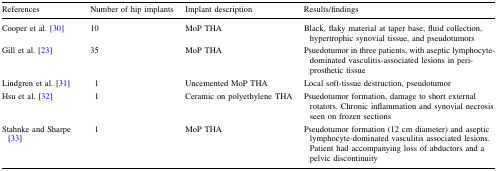
| References | Number of hip implants | Implant description | Results/findings |
 | --- | --- | --- | --- |
 | Cooper et al. [30] | 10 | MoP THA | Black, flaky material at taper base, fluid collection, hypertrophic synovial tissue, and pseudotumors |
 | Gill et al. [23] | 35 | MoP THA | Psuedotumor in three patients, with aseptic lymphocyte-dominated vasculitis-associated lesions in peri-prosthetic tissue |
 | Lindgren et al. [31] | 1 | Uncemented MoP THA | Local soft-tissue destruction, pseudotumor |
 | Hsu et al. [32] | 1 | Ceramic on polyethylene THA | Psuedotumor formation, damage to short external rotators. Chronic inflammation and synovial necrosis seen on frozen sections |
 | Stahnke and Sharpe [33] | 1 | MoP THA | Pseudotumor formation (12 cm diameter) and aseptic lymphocyte-dominated vasculitis associated lesions. Patient had accompanying loss of abductors and a pelvic discontinuity |